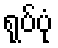
ရုပ်ပုံ